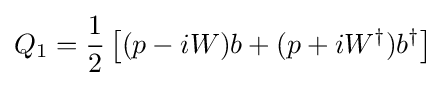
Q_{1}={\frac {1}{2}}\left[(p-iW)b+(p+iW^{\dagger })b^{\dagger }\right]